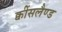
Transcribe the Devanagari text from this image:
क्वींसलैण्ड